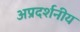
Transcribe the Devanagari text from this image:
अप्रदर्शनीय